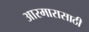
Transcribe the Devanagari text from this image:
आरमारासाठी